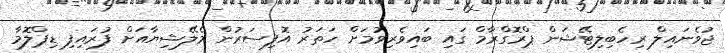
ޖުވެނައިލް ރިހެބިލިޓޭޝަން ޕްރޮގްރާމް ގައި ބައިވެރިވުމަށް ހަތަރު އޮފިސަރުން މެލޭޝިޔާއަށް ފުރައިފި ޑިޕްލޮމާ